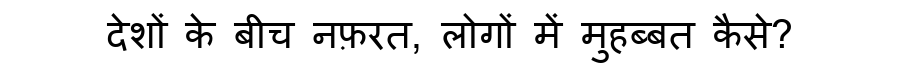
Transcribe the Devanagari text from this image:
देशों के बीच नफ़रत, लोगों में मुहब्बत कैसे?